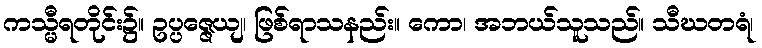
ကသ္မီရတိုင်း၌။ ဥပ္ပဇ္ဇေယျ၊ ဖြစ်ရာသနည်း။ ကော၊ အဘယ်သူသည်။ သီဃတရံ၊